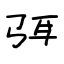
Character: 弭